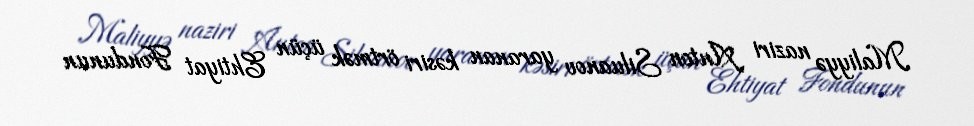
Maliyyə naziri Anton Siluanov yaranan kəsiri örtmək üçün Ehtiyat Fondunun